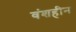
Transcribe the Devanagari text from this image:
वंशहीन